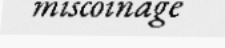
miscoinage